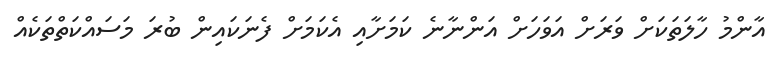
އާންމު ހާލަތަކަށް ވަރަށް އަވަހަށް އަންނާނެ ކަމަށާއި އެކަމަށް ފެނަކައިން ބުރަ މަސައްކަތްތަކެއް